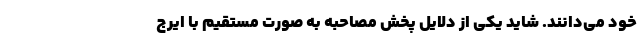
خود می‌دانند. شاید یکی از دلایل پخش مصاحبه به صورت مستقیم با ایرج